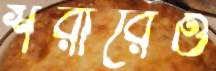
শরীরেও